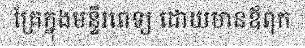
គ្រែក្នុងមន្ទីរពេទ្យ ដោយមានឪពុក